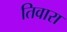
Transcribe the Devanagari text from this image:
तिवारा